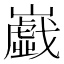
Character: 𡾠